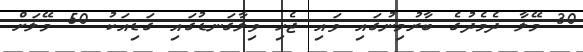
30 މޭލާ ދެމެދުގެ ބާރުމިނުގައި ވައި ޖެހި ވިލާގަނޑުގައި ގަޑިއަކު 50 މޭލަށް